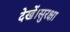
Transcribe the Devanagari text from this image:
देखें।सुरक्षा